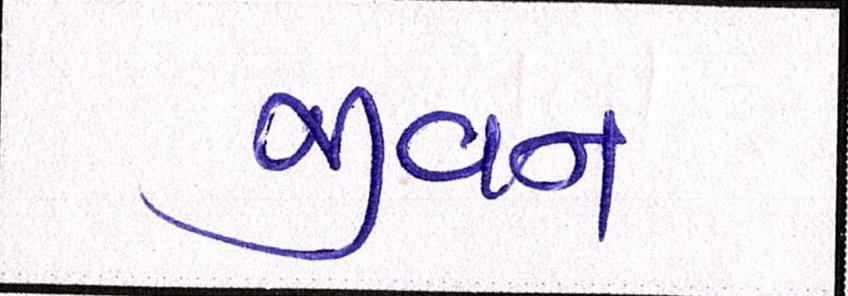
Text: જીવન